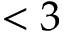
< 3